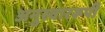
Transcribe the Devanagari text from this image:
अनुस्वाररूपी